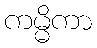
ကမ္မိကာ